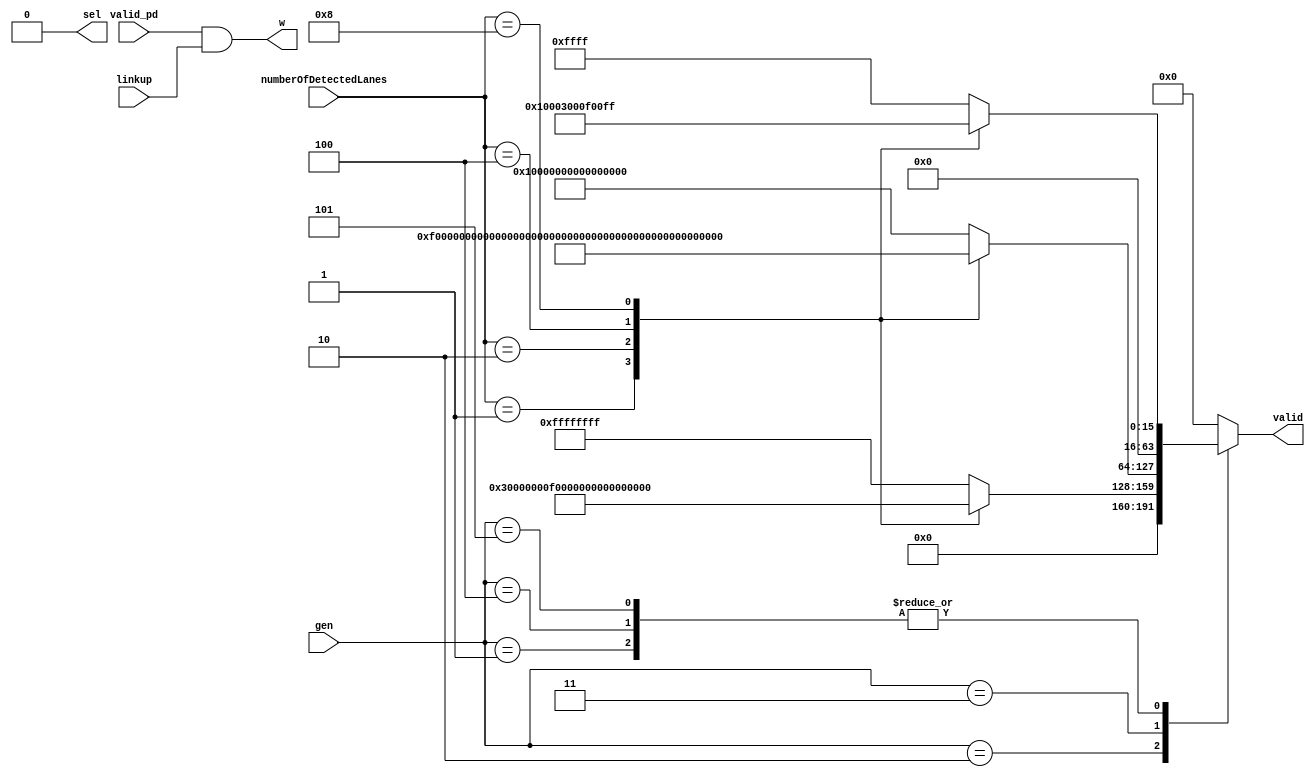
module Gen_ctrl
 #( 
    parameter GEN1_PIPEWIDTH = 8 ,	
	parameter GEN2_PIPEWIDTH = 16 ,	
	parameter GEN3_PIPEWIDTH = 32 ,								
	parameter GEN4_PIPEWIDTH = 8 ,	
	parameter GEN5_PIPEWIDTH = 8 
)(
    
    
    input valid_pd,
    input [2:0]gen,
    input linkup,
    input [4:0]numberOfDetectedLanes,

    output sel,
    output [63:0]valid,
    output w

);

localparam gen1_sel = 3'd1;
localparam gen2_sel = 3'd2;
localparam gen3_sel = 3'd3;
localparam gen4_sel = 3'd4;
localparam gen5_sel = 3'd5;


localparam N = 64;

reg [63:0]valid_reg;



// gen decoder
always @*
begin
    case (gen)
    gen1_sel: 
        case (numberOfDetectedLanes)
            5'b00001: valid_reg = {{(64 - (GEN1_PIPEWIDTH/8)*1){1'b0}},{(GEN1_PIPEWIDTH/8)*1{1'b1}}};
            5'b00010: valid_reg = {{(64 - (GEN1_PIPEWIDTH/8)*2){1'b0}},{(GEN1_PIPEWIDTH/8)*2{1'b1}}};
            5'b00100: valid_reg = {{(64 - (GEN1_PIPEWIDTH/8)*4){1'b0}},{(GEN1_PIPEWIDTH/8)*4{1'b1}}};
            5'b01000: valid_reg = {{(64 - (GEN1_PIPEWIDTH/8)*8){1'b0}},{(GEN1_PIPEWIDTH/8)*8{1'b1}}};
            default: valid_reg = {{(64 - (GEN1_PIPEWIDTH/8)*16){1'b0}},{(GEN1_PIPEWIDTH/8)*16{1'b1}}}; 
        endcase 
    gen2_sel:
        case (numberOfDetectedLanes)
            5'b00001: valid_reg = {{(64 - (GEN2_PIPEWIDTH/8)*1){1'b0}},{(GEN2_PIPEWIDTH/8)*1{1'b1}}};
            5'b00010: valid_reg = {{(64 - (GEN2_PIPEWIDTH/8)*2){1'b0}},{(GEN2_PIPEWIDTH/8)*2{1'b1}}};
            5'b00100: valid_reg = {{(64 - (GEN2_PIPEWIDTH/8)*4){1'b0}},{(GEN2_PIPEWIDTH/8)*4{1'b1}}};
            5'b01000: valid_reg = {{(64 - (GEN2_PIPEWIDTH/8)*8){1'b0}},{(GEN2_PIPEWIDTH/8)*8{1'b1}}};
            default: valid_reg = {{(64 - (GEN2_PIPEWIDTH/8)*16){1'b0}},{(GEN2_PIPEWIDTH/8)*16{1'b1}}}; 
        endcase 
       
    gen3_sel: 
        case (numberOfDetectedLanes)
            5'b00001: valid_reg = {{(64 - (GEN3_PIPEWIDTH/8)*1){1'b0}},{(GEN3_PIPEWIDTH/8)*1{1'b1}}};
            5'b00010: valid_reg = {{(64 - (GEN3_PIPEWIDTH/8)*2){1'b0}},{(GEN3_PIPEWIDTH/8)*2{1'b1}}};
            5'b00100: valid_reg = {{(64 - (GEN3_PIPEWIDTH/8)*4){1'b0}},{(GEN3_PIPEWIDTH/8)*4{1'b1}}};
            5'b01000: valid_reg = {{(64 - (GEN3_PIPEWIDTH/8)*8){1'b0}},{(GEN3_PIPEWIDTH/8)*8{1'b1}}};
            default: valid_reg = {{(64 - (GEN3_PIPEWIDTH/8)*16){1'b0}},{(GEN3_PIPEWIDTH/8)*16{1'b1}}}; 
        endcase 
    gen4_sel: 
        case (numberOfDetectedLanes)
            5'b00001: valid_reg = {{(64 - (GEN4_PIPEWIDTH/8)*1){1'b0}},{(GEN4_PIPEWIDTH/8)*1{1'b1}}};
            5'b00010: valid_reg = {{(64 - (GEN4_PIPEWIDTH/8)*2){1'b0}},{(GEN4_PIPEWIDTH/8)*2{1'b1}}};
            5'b00100: valid_reg = {{(64 - (GEN4_PIPEWIDTH/8)*4){1'b0}},{(GEN4_PIPEWIDTH/8)*4{1'b1}}};
            5'b01000: valid_reg = {{(64 - (GEN4_PIPEWIDTH/8)*8){1'b0}},{(GEN4_PIPEWIDTH/8)*8{1'b1}}};
            default: valid_reg = {{(64 - (GEN4_PIPEWIDTH/8)*16){1'b0}},{(GEN4_PIPEWIDTH/8)*16{1'b1}}}; 
        endcase 
    gen5_sel: 
        case (numberOfDetectedLanes)
            5'b00001: valid_reg = {{(64 - (GEN5_PIPEWIDTH/8)*1){1'b0}},{(GEN5_PIPEWIDTH/8)*1{1'b1}}};
            5'b00010: valid_reg = {{(64 - (GEN5_PIPEWIDTH/8)*2){1'b0}},{(GEN5_PIPEWIDTH/8)*2{1'b1}}};
            5'b00100: valid_reg = {{(64 - (GEN5_PIPEWIDTH/8)*4){1'b0}},{(GEN5_PIPEWIDTH/8)*4{1'b1}}};
            5'b01000: valid_reg = {{(64 - (GEN5_PIPEWIDTH/8)*8){1'b0}},{(GEN5_PIPEWIDTH/8)*8{1'b1}}};
            default: valid_reg = {{(64 - (GEN5_PIPEWIDTH/8)*16){1'b0}},{(GEN5_PIPEWIDTH/8)*16{1'b1}}}; 
        endcase 
    default:
    valid_reg = 64'b0;
        
    endcase
end


assign sel = 1'b0;
assign w = valid_pd & linkup;
assign valid = valid_reg;  
endmodule